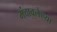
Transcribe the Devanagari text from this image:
मंदावलेल्या